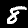
Label: 8